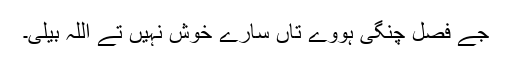
جے فصل چنگی ہووے تاں سارے خوش نہیں تے اللہ بیلی۔